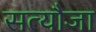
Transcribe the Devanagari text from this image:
सत्यौजा